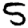
Digit: 5